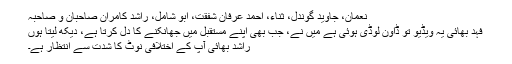
نعمان، جاوید گوندل، ثناء، احمد عرفان شفقت، ابو شامل، راشد کامران صاحبان و صاحبہ
فہد بھائی یہ ویڈیو تو ڈاون لوڈی ہوئی ہے میں نے، جب بھی اپنے مستقبل میں‌ جھانکنے کا دل کرتا ہے، دیکھ لیتا ہوں
راشد بھائی آپ کے اختلافی نوٹ کا شدت سے انتظار ہے۔